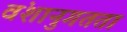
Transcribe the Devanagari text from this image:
वंशानुगतता